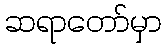
ဆရာတော်မှာ